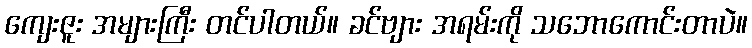
ကျေးဇူး အများကြီး တင်ပါတယ်။ ခင်ဗျား အရမ်းကို သဘောကောင်းတာပဲ။